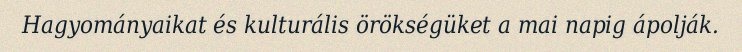
Hagyományaikat és kulturális örökségüket a mai napig ápolják.